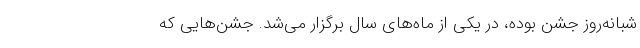
شبانه‌روز جشن بوده، در یکی از ماه‌های سال برگزار می‌شد. جشن‌هایی که